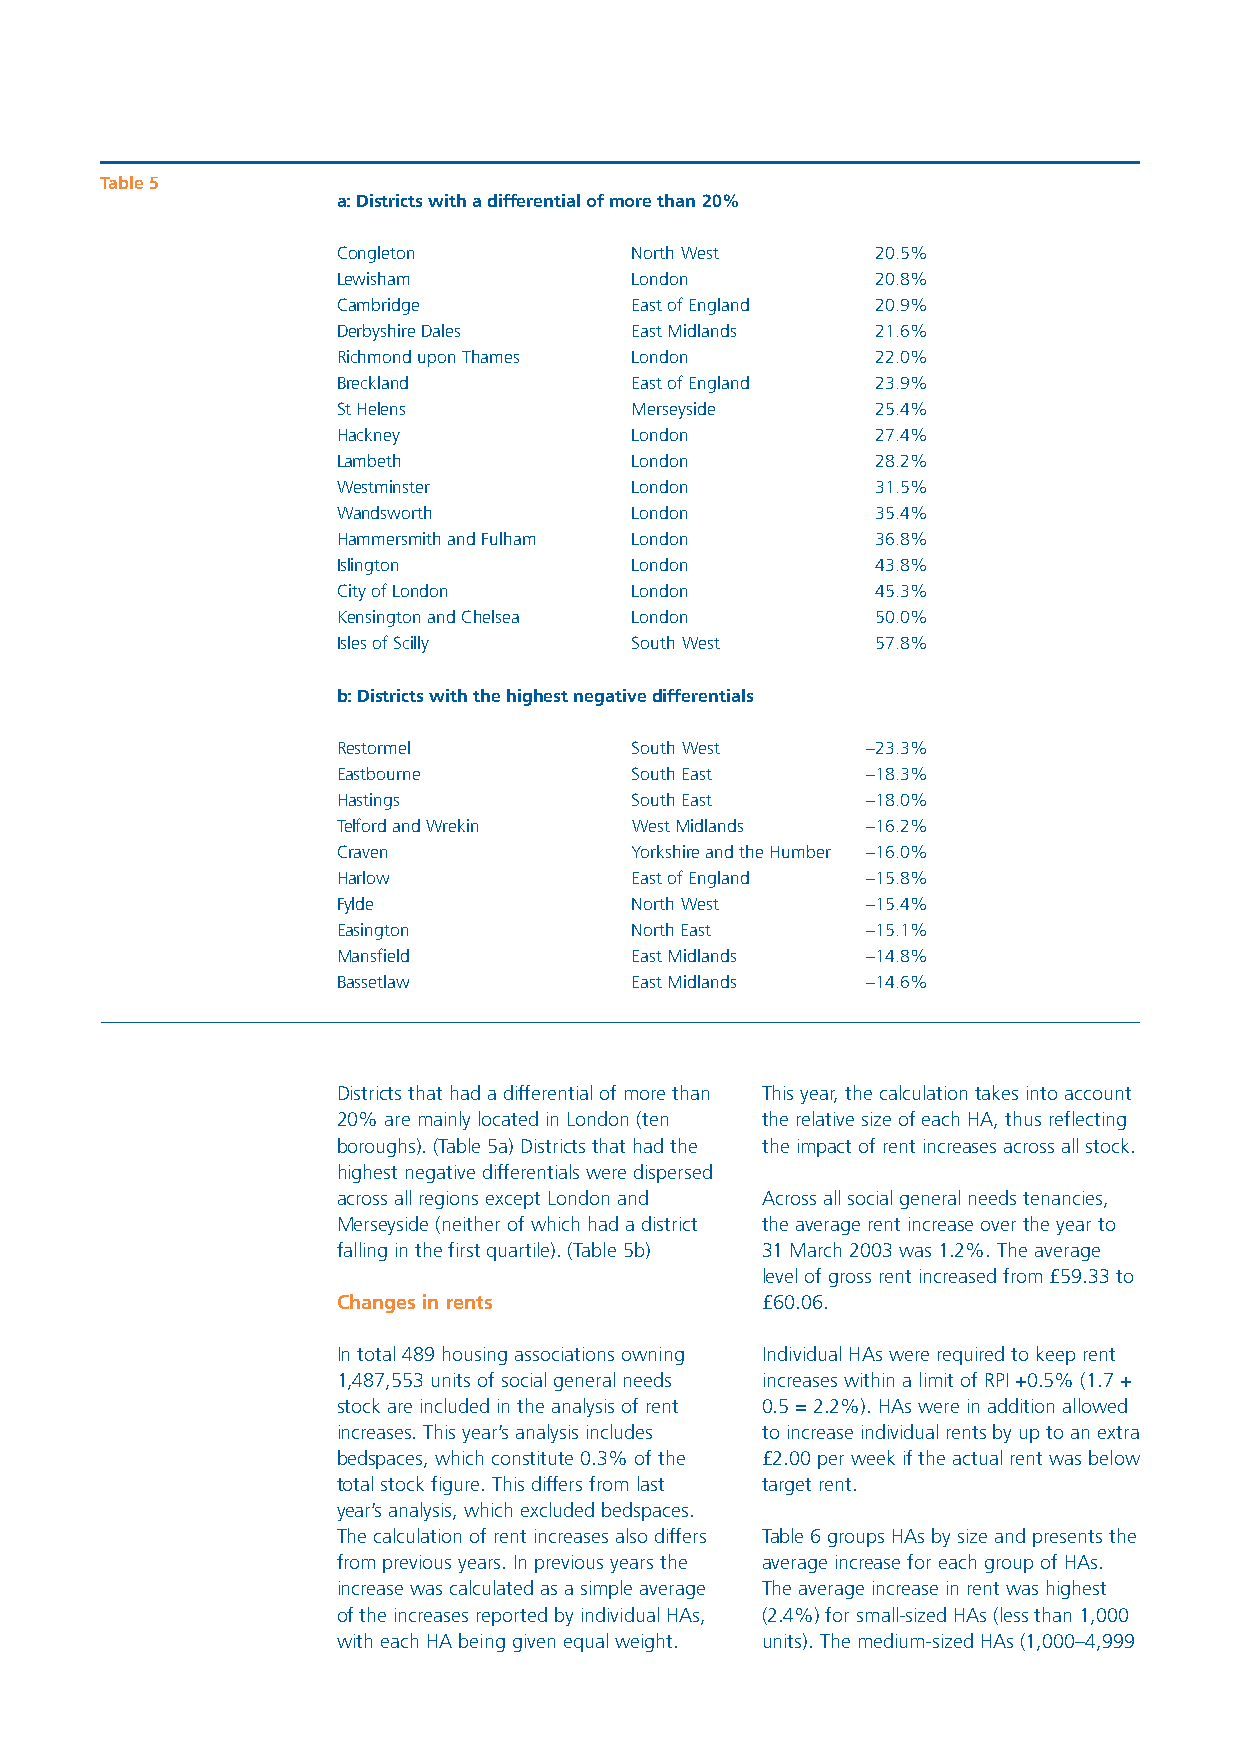
Table 5
 a: Districts with a differential of more than 20%
 Congleton           North West      20.5%
 Lewisham            London          20.8%
 Cambridge           East of England 20.9%
 Derbyshire Dales    East Midlands   21.6%
 Richmond upon Thames London         22.0%
 Breckland           East of England 23.9%
 St Helens           Merseyside      25.4%
 Hackney             London          27.4%
 Lambeth             London          28.2%
 Westminster         London          31.5%
 Wandsworth          London          35.4%
 Hammersmith and Fulham London       36.8%
 Islington           London          43.8%
 City of London      London          45.3%
 Kensington and Chelsea London       50.0%
 Isles of Scilly     South West      57.8%
 b: Districts with the highest negative differentials
 Restormel           South West     –23.3%
 Eastbourne          South East     –18.3%
 Hastings            South East     –18.0%
 Telford and Wrekin  West Midlands  –16.2%
 Craven              Yorkshire and the Humber –16.0%
 Harlow              East of England –15.8%
 Fylde               North West     –15.4%
 Easington           North East     –15.1%
 Mansfield           East Midlands  –14.8%
 Bassetlaw           East Midlands  –14.6%
 Districts that had a differential of more than This year, the calculation takes into account
 20% are mainly located in London (ten the relative size of each HA, thus reflecting
 boroughs). (Table 5a) Districts that had the the impact of rent increases across all stock.
 highest negative differentials were dispersed
 across all regions except London and Across all social general needs tenancies,
 Merseyside (neither of which had a district the average rent increase over the year to
 falling in the first quartile). (Table 5b) 31 March 2003 was 1.2%. The average
 level of gross rent increased from £59.33 to
 Changes in rents            £60.06.
 In total 489 housing associations owning Individual HAs were required to keep rent
 1,487,553 units of social general needs increases within a limit of RPI +0.5% (1.7 +
 stock are included in the analysis of rent 0.5 = 2.2%). HAs were in addition allowed
 increases. This year’s analysis includes to increase individual rents by up to an extra
 bedspaces, which constitute 0.3% of the £2.00 per week if the actual rent was below
 total stock figure. This differs from last target rent.
 year’s analysis, which excluded bedspaces.
 The calculation of rent increases also differs Table 6 groups HAs by size and presents the
 from previous years. In previous years the average increase for each group of HAs.
 increase was calculated as a simple average The average increase in rent was highest
 of the increases reported by individual HAs, (2.4%) for small-sized HAs (less than 1,000
 with each HA being given equal weight. units). The medium-sized HAs (1,000–4,999